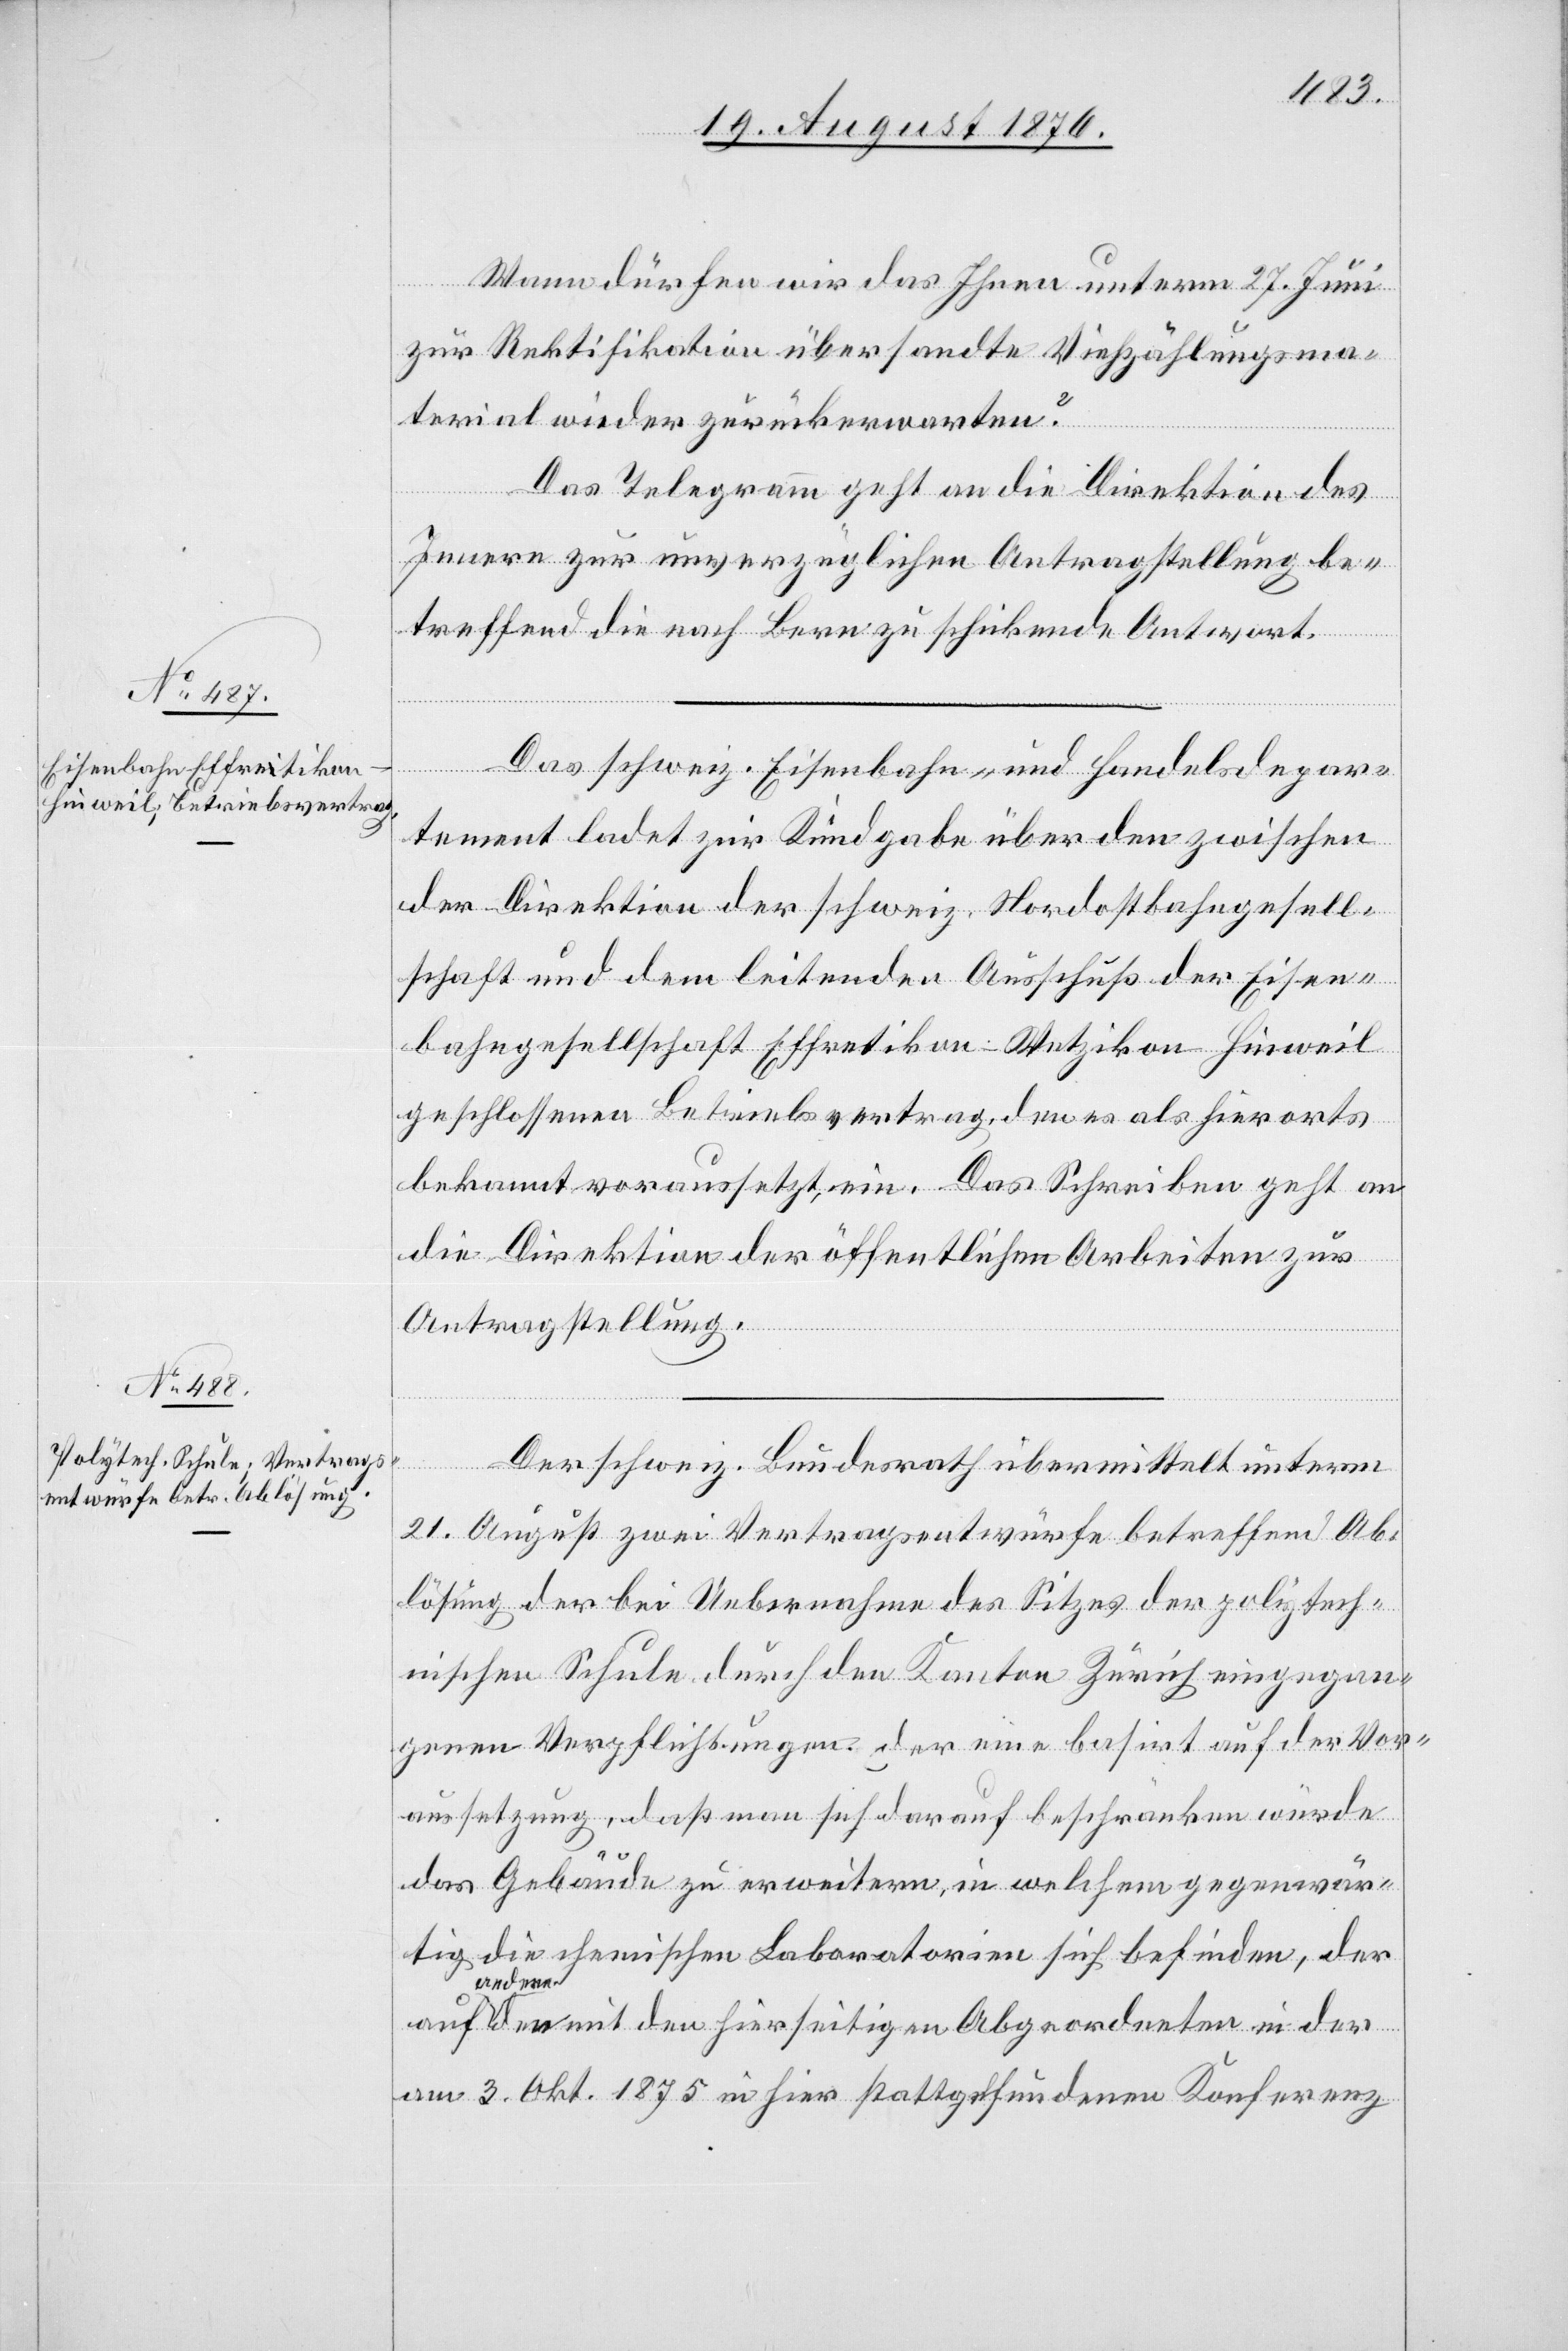
24. August 1876.]
Wann dürfen wir das Ihnen unterm 27. Juni
zur Rektifikation übersandte Viehzählungsma¬
terial wieder zurückerwarten?
Das Telegramm geht an die Direktion des
Innern zur unverzüglichen Antragstellung be¬
treffend die nach Bern zu schickende Antwort.
Das schweiz. Eisenbahn- und Handelsdepar¬
tement ladet zur Kundgabe über den zwischen
der Direktion der schweiz. Nordostbahngesell¬
schaft und dem leitenden Ausschuß der Eisen¬
bahngesellschaft Effretikon–Wetzikon–Hinweil
geschlossenen Betriebsvertrag, den es als hierorts
bekannt voraussetzt, ein. Das Schrieben geht an
die Direktion der öffentlichen Arbeiten zur
Antragstellung.
der
Der schweiz. Bundesrath übermittelt unterm
21. August zwei Vertragsentwürfe betreffen Ab¬
lösung der bei Uebernahme des Sitzes des polytech¬
nischen Schule durch den Kanton Zürich eingegan¬
genen Verpflichtungen; der eine basirt auf der Vor¬
aussetzung, daß man sich darauf beschränken würde
das Gebäude zu erweitern, in welchem gegenwär¬
tig die chemischen Laboratorien sich befinden, der
andere
am 3. Okt. 1875 in hier stattgefundenen Konferenz